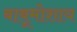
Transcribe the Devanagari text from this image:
बाबूमोशाय